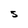
Character: S